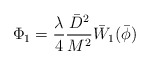
\begin{align*}\Phi_1=\frac{\lambda}{4}\frac{\bar{D}^2}{M^2}\bar{W}_1(\bar{\phi})\end{align*}